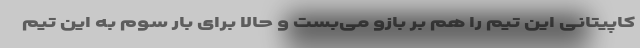
کاپیتانی این تیم را هم بر بازو می‌بست و حالا برای بار سوم به این تیم